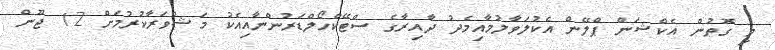
މި ގޮތުން އެކްޝަން ޕްލޭން އެކުލަވާލުމާއިމެދު ދާއިރާގެ ސްޓޭކްހޯލްޑަރުންނާއިއެކު މަޝްވަރާކުރުމަށް 12 ޖޫން